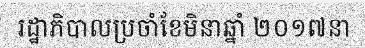
រដ្ឋាភិបាលប្រចាំខែមិនាឆ្នាំ ២០១៧នា